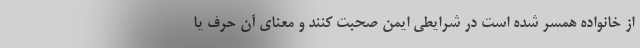
از خانواده همسر شده است در شرایطی ایمن صحبت کنند و معنای آن حرف یا